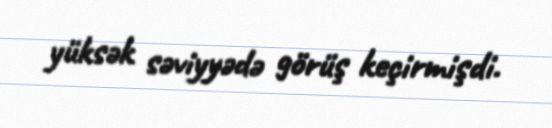
yüksək səviyyədə görüş keçirmişdi.